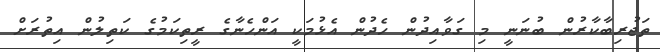
ތަޖުރިބާކާރުން ބުނަނީ މި ގަވާއިދުން ހެދުން އެޅުމަކީ އަންހެނާގެ ރީތިކަމުގެ ކަތިލުން އިތުރަށް